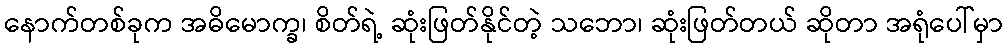
နောက်တစ်ခုက အဓိမောက္ခ၊ စိတ်ရဲ့ ဆုံးဖြတ်နိုင်တဲ့ သဘော၊ ဆုံးဖြတ်တယ် ဆိုတာ အရုံပေါ်မှာ